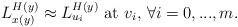
LaTeX: \begin{align*} \hbox{$L_{x(y)} ^{H(y)} \approx L_{u_i}^{H(y)}$ at $v_i$, $\forall i=0, ..., m$}.\end{align*}